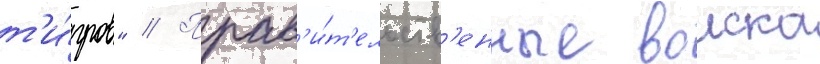
т'и́гров" // Прав'и́т'ельств'енные воиска